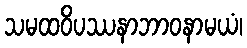
သမထဝိပဿနာဘာဝနာမယံ၊